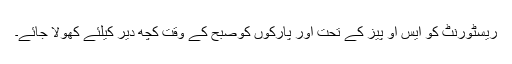
ریسٹورنٹ کو ایس او پیز کے تحت اور پارکوں کوصبح کے وقت کچھ دیر کیلئے کھولا جائے۔